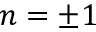
n = \pm 1